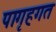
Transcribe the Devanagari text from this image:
पागृहगत